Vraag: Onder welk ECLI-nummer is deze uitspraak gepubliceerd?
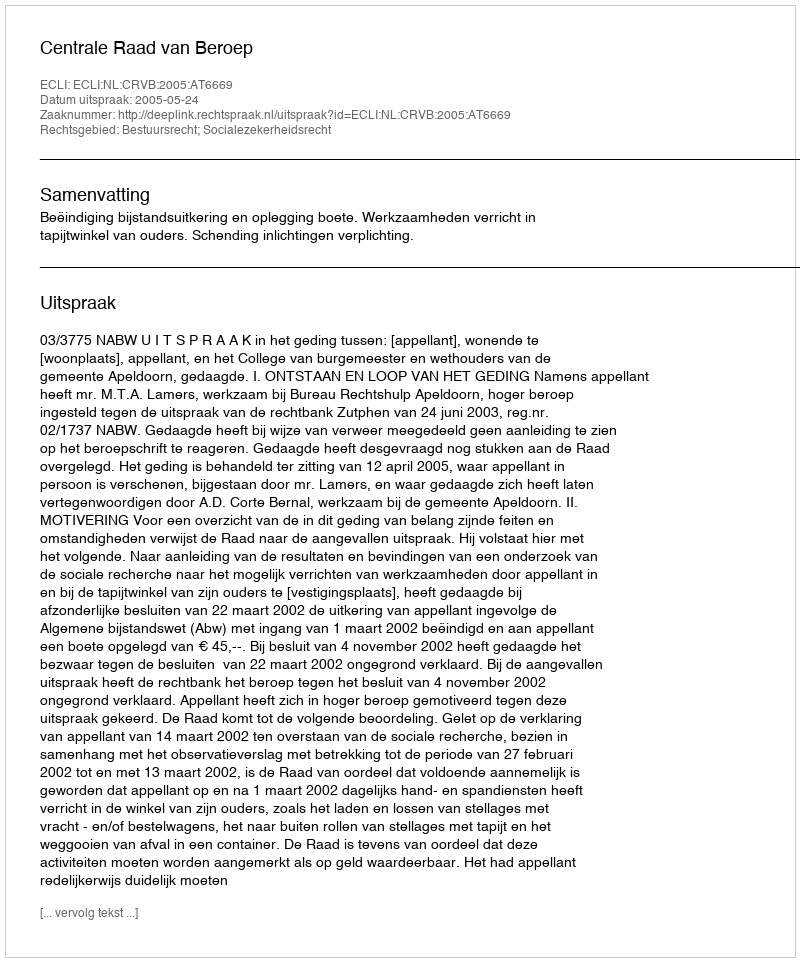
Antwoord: ECLI:NL:CRVB:2005:AT6669